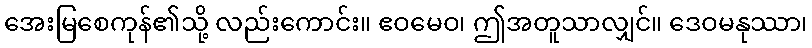
အေးမြစေကုန်၏သို့ လည်းကောင်း။ ဧဝမေဝ၊ ဤအတူသာလျှင်။ ဒေဝမနုဿာ၊